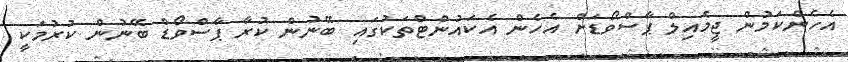
އެހެންކަމުން ޖީމެއިލް ޕާސްވޯޑަށް އެހެން އެކައުންޓްތަކުގައި ބޭނުން ކުރާ ޕާސްވޯޑް ބޭނުން ކުރުމަކީ